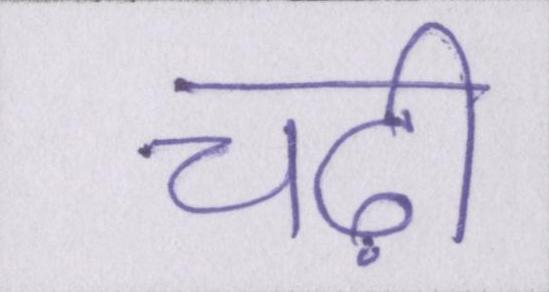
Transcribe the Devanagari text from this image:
चढ़ी